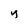
Character: Y